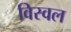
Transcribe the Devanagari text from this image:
विस्वल